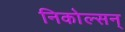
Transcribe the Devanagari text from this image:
निकोल्सन्‌